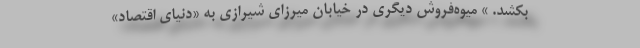
بکشد. » میوه‌فروش دیگری در خیابان میرزای شیرازی به «دنیای‌ اقتصاد»